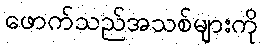
ဖောက်သည်အသစ်များကို